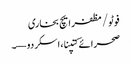
فوٹو/ مظفر ایچ بخاری
صحرائے کتپنا، اسکردو—۔